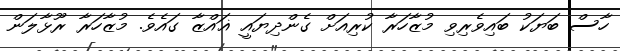
ހާސް ބަޔަކު ބައިވެރިވި މުޒާހަރާ ކުރިއަށް ގެންދިޔައީ ޣައްޒާ ގައެވެ. މުޒާހަރާ ރޫޅާލަން